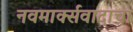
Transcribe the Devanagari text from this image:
नवमार्क्सवादाचा